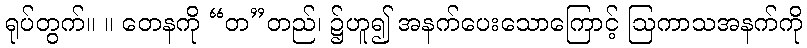
ရုပ်တွက်။ ။ တေနကို “တ”တည်၊ ၌ဟူ၍ အနက်ပေးသောကြောင့် ဩကာသအနက်ကို